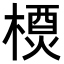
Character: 𬄇